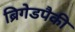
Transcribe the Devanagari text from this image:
ब्रिगेडपैकी